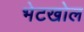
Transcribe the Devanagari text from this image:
भेटखोल